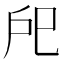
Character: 戺